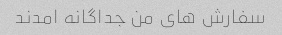
سفارش هاى من جداگانه امدند